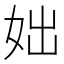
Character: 𡛛